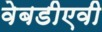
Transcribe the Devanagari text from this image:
वेबडीएवी